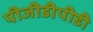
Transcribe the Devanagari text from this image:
पीजीडीपीडी